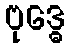
ဗုဒ္ဓေ